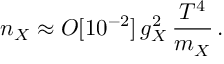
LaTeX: n _ { X } \approx O [ 1 0 ^ { - 2 } ] \, g _ { X } ^ { 2 } \, \frac { T ^ { 4 } } { m _ { X } } \, .